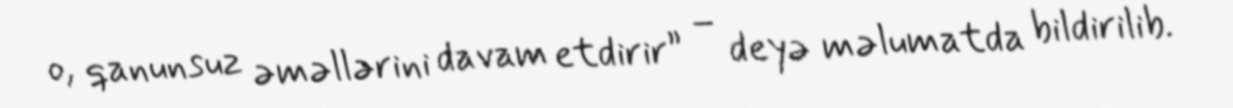
o, qanunsuz əməllərini davam etdirir” – deyə məlumatda bildirilib.